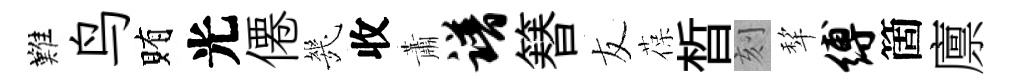
難鸟賄光僊㡬收蕭谱簮友葆晳刻犂缚箇廪